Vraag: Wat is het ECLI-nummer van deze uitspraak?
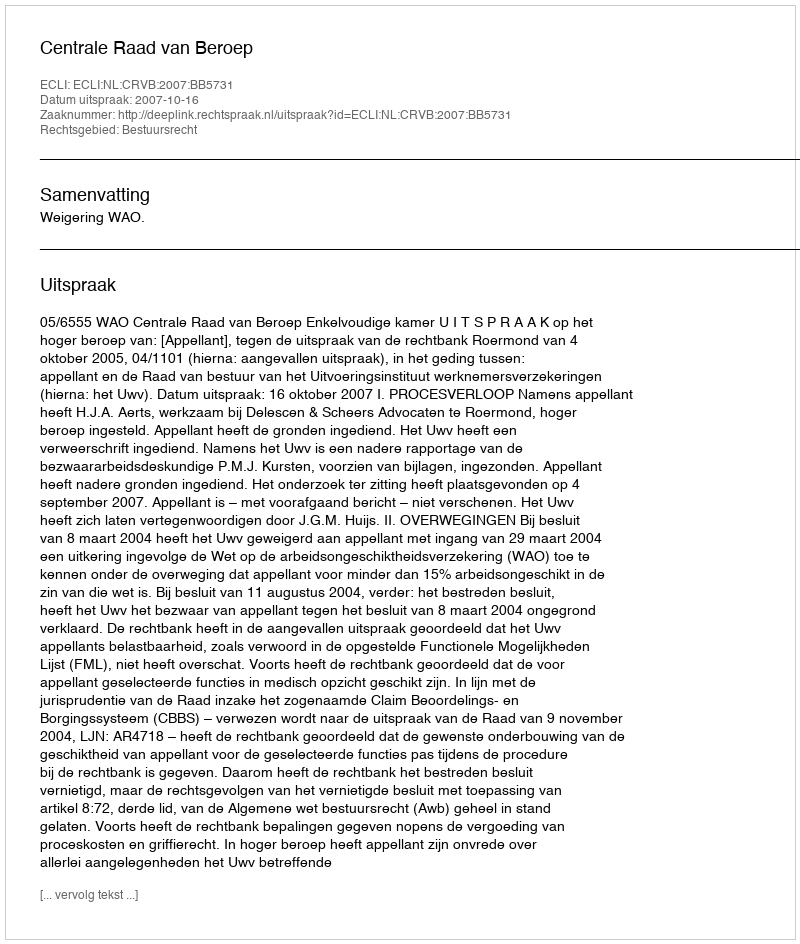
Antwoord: ECLI:NL:CRVB:2007:BB5731